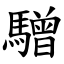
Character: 驓